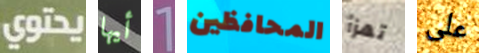
يحتوي أيها 1 المحافظين تهزأ على